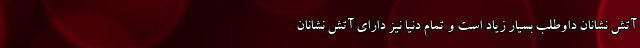
آتش نشانان داوطلب بسیار زیاد است و تمام دنیا نیز دارای آتش نشانان